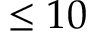
\leq 1 0